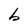
Character: b